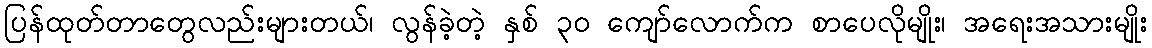
ပြန်ထုတ်တာတွေလည်းများတယ်၊ လွန်ခဲ့တဲ့ နှစ် ၃၀ ကျော်လောက်က စာပေလိုမျိုး၊ အရေးအသားမျိုး